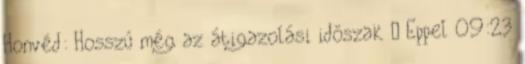
Honvéd: Hosszú még az átigazolási időszak – Eppel 09:23